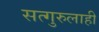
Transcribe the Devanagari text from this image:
सत्गुरुलाही